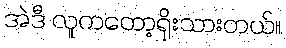
အဲဒီ လူကတော့ရိုးသားတယ်။